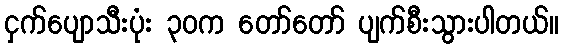
ငှက်ပျောသီးပုံး ၃၀က တော်တော် ပျက်စီးသွားပါတယ်။